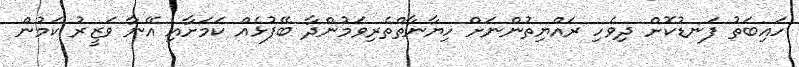
ހައިބަތު ފަނޑުކޮށް ދިވެހި ރައްޔިތުންނަށް ހިޔާނާތްތެރިވަމުންދާ ބޭފުޅެއް ކަމަށާއި އޭނާ ވަޒީރު ކަމުން